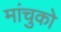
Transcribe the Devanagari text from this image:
मांचुको